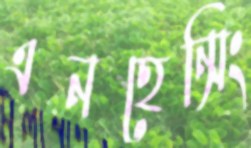
এনহেন্সিং